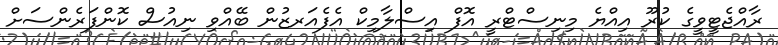
ރާއްޖެޓީވީގެ ކުރޫ އިއްޔެ މިނިސްޓްރީ އޮފް އިސްލާމިކް އެފެއަރޒުން ބޭއްވި ނިއުސް ކޮންފަރެންސަށް